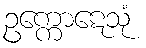
ဥက္ကောဋေသုံ